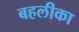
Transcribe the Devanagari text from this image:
बहलीका